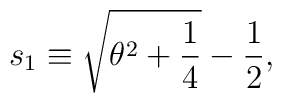
s_1\equiv \sqrt{\theta^2 + \frac{1}{4}} - \frac{1}{2},